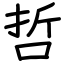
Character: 哲